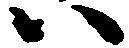
ハ